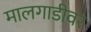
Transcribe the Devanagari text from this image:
मालगाडीवर